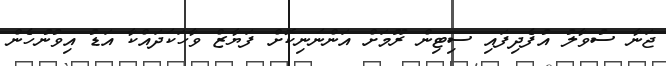
ޖަނާ ސުވާލު އުފެދިފައި ސިޓިން ރޫމަށް އަންނަނިކޮށް ފަޔާޒް ވާހަކަދައްކާ އަޑު އިވުނުހެން